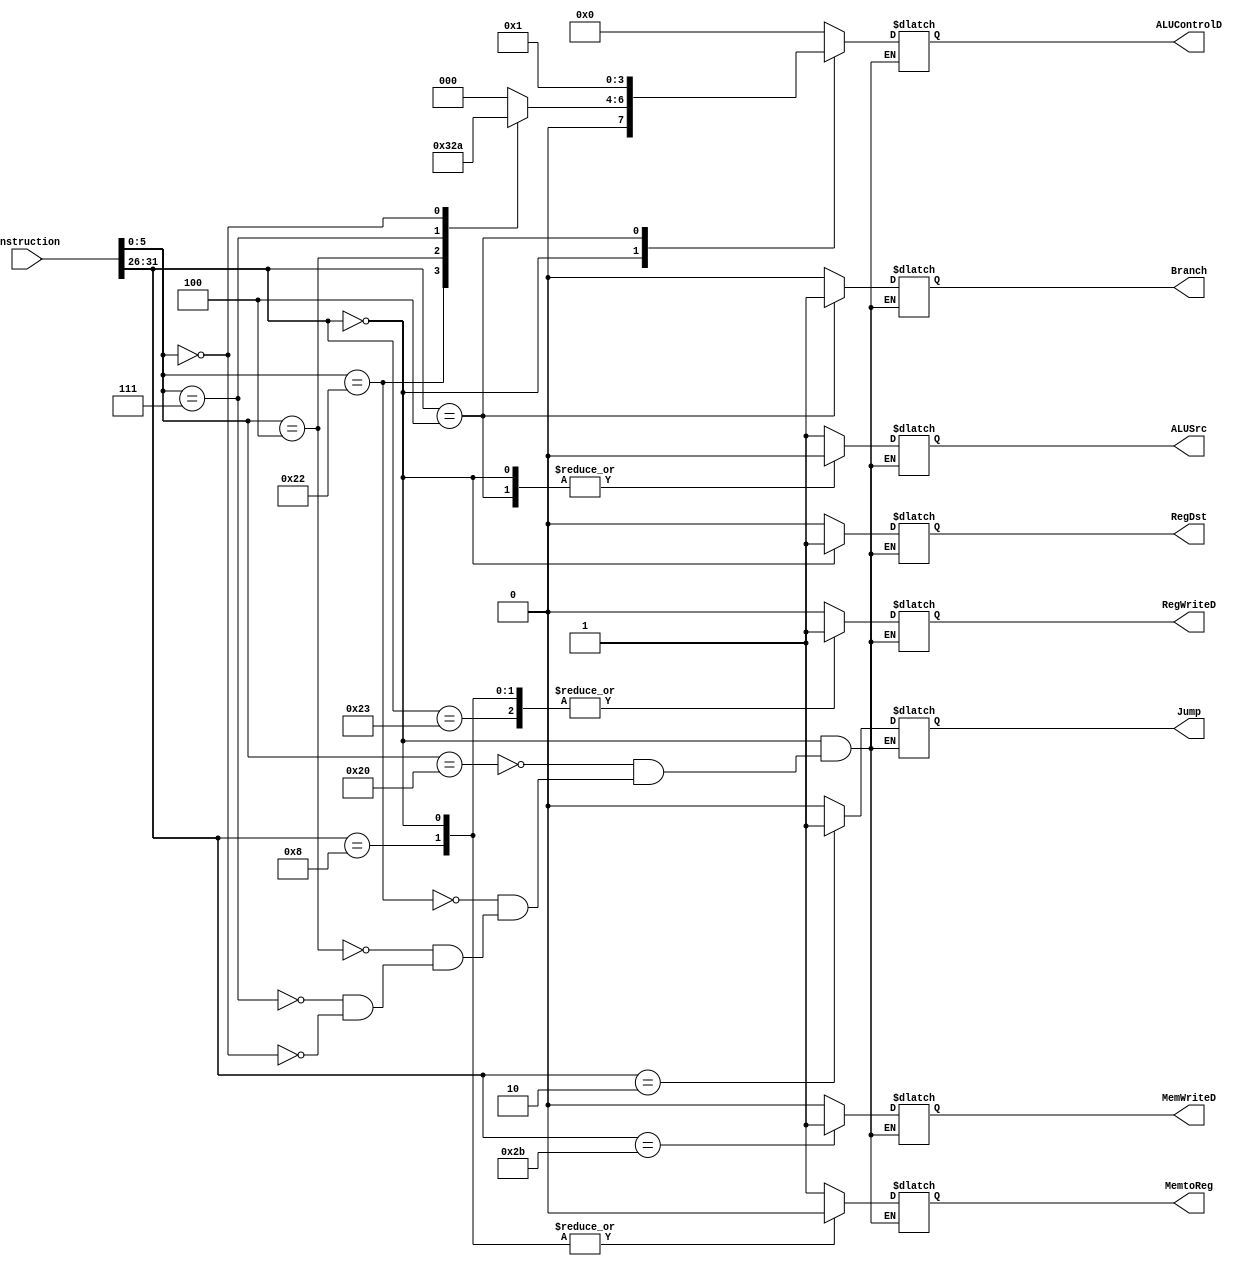
`timescale 1ns / 1ps

module control_Unit # ( parameter WL = 32 )
(
    input [WL - 1 : 0] instruction,
    output reg RegWriteD,
    output reg MemWriteD,
    output reg ALUSrc,
    output reg MemtoReg,
    output reg RegDst,
    output reg Branch,
    output reg Jump,
    output reg [3 : 0] ALUControlD
);
    wire [5 : 0] opcode = instruction[31 : 26];
    wire [4 : 0] rs = instruction[25 : 21];
    wire [4 : 0] rt = instruction[20 : 16];
    wire [4 : 0] rd = instruction[15 : 11];
    wire [15 : 0] Imm = instruction[15 : 0];
    wire [4 : 0] shamt = instruction[10 : 6];
    wire [5 : 0] funct = instruction[5 : 0];
    wire [25 : 0] Jaddr = instruction[25 : 0];
    wire signed [WL - 1 : 0] SImm = { {(WL - 16){Imm[15]}} ,Imm[15:0] };
    
    always @ (*)
    begin
        case(opcode)
            35:     //  LW  I-Type
            begin
                ALUControlD <= 4'b0000;
                RegWriteD <= 1;
                MemWriteD <= 0;
                ALUSrc <= 1;
                MemtoReg <= 1;
                RegDst <= 0;
                Branch <= 0;
                Jump <= 0;
            end
            
            43:     //  SW  I-Type
            begin
                ALUControlD <= 4'b0000;
                RegWriteD <= 0;
                MemWriteD <= 1;
                ALUSrc <= 1;
                MemtoReg <= 1;
                RegDst <= 0;
                Branch <= 0;
                Jump <= 0;
            end
            
       //////////////////Begin R-Type Instruction//////////////////////////////////////////////////
            0:    // R-Type
                case(funct)
                    32:     //  ADD
                    begin
                        ALUControlD <= 4'b0000;
                        RegWriteD <= 1;
                        MemWriteD <= 0;
                        ALUSrc <= 0;
                        MemtoReg <= 0;
                        RegDst <= 1;
                        Branch <= 0;
                        Jump <= 0;
                    end
                    
                    34:     //  SUB
                    begin
                        ALUControlD <= 4'b0001;
                        RegWriteD <= 1;
                        MemWriteD <= 0;
                        ALUSrc <= 0;
                        MemtoReg <= 0;
                        RegDst <= 1;
                        Branch <= 0;
                        Jump <= 0;
                    end
                    
                    4:     //  SLLV
                    begin
                        ALUControlD <= 4'b0100;
                        RegWriteD <= 1;
                        MemWriteD <= 0;
                        ALUSrc <= 0;
                        MemtoReg <= 0;
                        RegDst <= 1;
                        Branch <= 0;
                        Jump <= 0;
                    end
                    
                    7:     //  SRAV
                    begin
                        ALUControlD <= 4'b0101;
                        RegWriteD <= 1;
                        MemWriteD <= 0;
                        ALUSrc <= 0;
                        MemtoReg <= 0;
                        RegDst <= 1;
                        Branch <= 0;
                        Jump <= 0;
                    end
                    
                    0:     //  SLL 
                    begin
                        ALUControlD <= 4'b0010;
                        RegWriteD <= 1;
                        MemWriteD <= 0;
                        ALUSrc <= 0;
                        MemtoReg <= 0;
                        RegDst <= 1;
                        Branch <= 0;
                        Jump <= 0;
                    end
                endcase
      ///////////////////////End R-type Instruction///////////////////////////////////////
            
            8:    // ADDI  I-Type
            begin
                ALUControlD <= 4'b0000;
                RegWriteD <= 1;
                MemWriteD <= 0;
                ALUSrc <= 1;
                MemtoReg <= 0;
                RegDst <= 0;
                Branch <= 0;
                Jump <= 0;
            end
            
            4:    // BEQ  I-Type
            begin
                ALUControlD <= 4'b0001;
                RegWriteD <= 0;
                MemWriteD <= 0;
                ALUSrc <= 0;
                MemtoReg <= 1;
                RegDst <= 0;
                Branch <= 1;
                Jump <= 0;
            end
            
            2:    // Jump  J-Type
            begin
                ALUControlD <= 4'b0000;
                RegWriteD <= 0;
                MemWriteD <= 0;
                ALUSrc <= 1;
                MemtoReg <= 1;
                RegDst <= 0;
                Branch <= 0;
                Jump <= 1;
            end
            
            default:    // Default
            begin
                ALUControlD <= 4'b0000;
                RegWriteD <= 0;
                MemWriteD <= 0;
                ALUSrc <= 1;
                MemtoReg <= 1;
                RegDst <= 0;
                Branch <= 0;
                Jump <= 0;
            end
            
        endcase
    end
    
endmodule